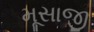
મૂસાજી